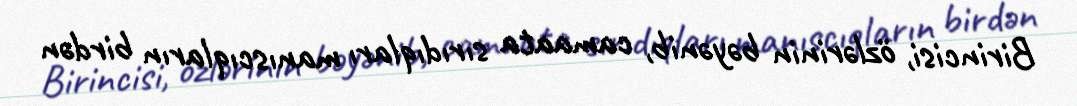
Birincisi, özlərinin bəyənib, camaata sırıdıqları manıscıqların birdən